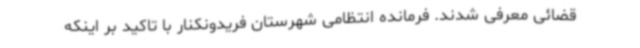
قضائی معرفی شدند. فرمانده انتظامی شهرستان فریدونکنار با تاکید بر اینکه